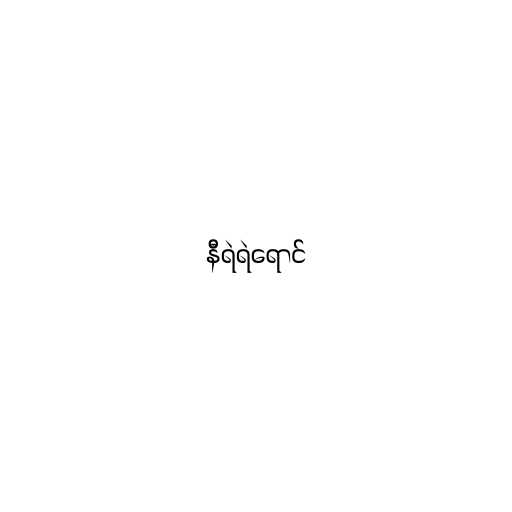
နီရဲရဲရောင်